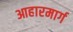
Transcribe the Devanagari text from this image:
आहारमार्ग